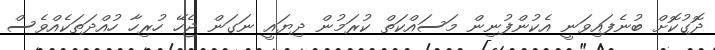
ދޮގުކޮށް ބުނެފައިވަނީ އެކުންފުނިން މަސައްކަތް ކުރަމުން ދިޔައީ ނަގަން ޖެހޭ ހުރިހާ ހުއްދަތަކެއްވެސް